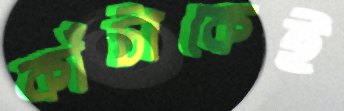
কাঁটাকেই